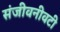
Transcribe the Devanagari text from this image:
संजीवनीवटी